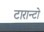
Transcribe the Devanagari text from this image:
टारान्टो